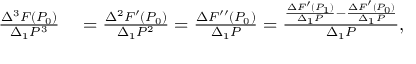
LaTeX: \begin{array} { r l } { { \frac { \Delta ^ { 3 } F ( P _ { 0 } ) } { \Delta _ { 1 } P ^ { 3 } } } } & { { } = { \frac { \Delta ^ { 2 } F ^ { \prime } ( P _ { 0 } ) } { \Delta _ { 1 } P ^ { 2 } } } = { \frac { \Delta F ^ { \prime \prime } ( P _ { 0 } ) } { \Delta _ { 1 } P } } = { \frac { { \frac { \Delta F ^ { \prime } ( P _ { 1 } ) } { \Delta _ { 1 } P } } - { \frac { \Delta F ^ { \prime } ( P _ { 0 } ) } { \Delta _ { 1 } P } } } { \Delta _ { 1 } P } } , } \end{array}